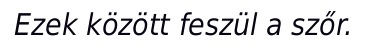
Ezek között feszül a szőr.